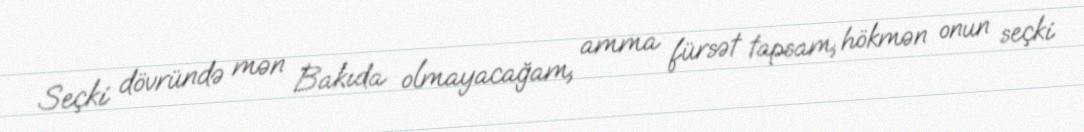
Seçki dövründə mən Bakıda olmayacağam, amma fürsət tapsam, hökmən onun seçki